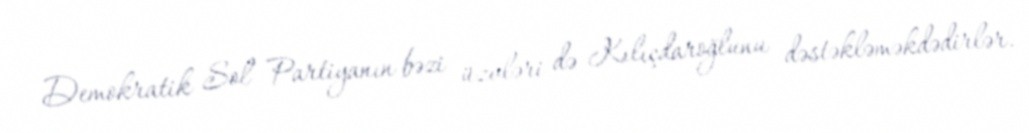
Demokratik Sol Partiyanın bəzi üzvləri də Kılıçdaroğlunu dəstəkləməkdədirlər.